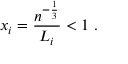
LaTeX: x _ { i } = \frac { n ^ { - \frac { 1 } { 3 } } } { L _ { i } } < 1 \ .